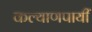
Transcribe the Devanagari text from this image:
कल्याणपायीं